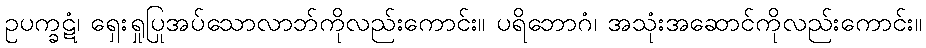
ဥပက္ခဋံ၊ ရှေးရှုပြုအပ်သောလာဘ်ကိုလည်းကောင်း။ ပရိဘောဂံ၊ အသုံးအဆောင်ကိုလည်းကောင်း။